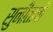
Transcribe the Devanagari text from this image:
सुनीताची